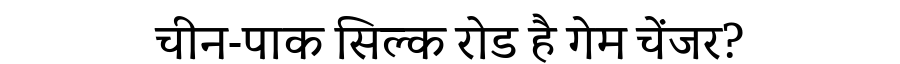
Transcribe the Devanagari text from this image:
चीन-पाक सिल्क रोड है गेम चेंजर?